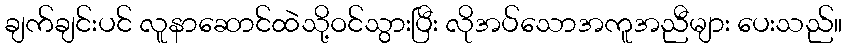
ချက်ချင်းပင် လူနာဆောင်ထဲသို့ဝင်သွားပြီး လိုအပ်သောအကူအညီများ ပေးသည်။